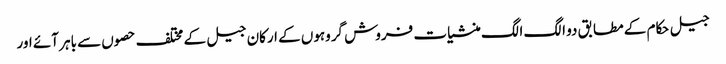
جیل حکام کے مطابق دو الگ الگ منشیات فروش گروہوں کے ارکان جیل کے مختلف حصوں سے باہر آئے اور